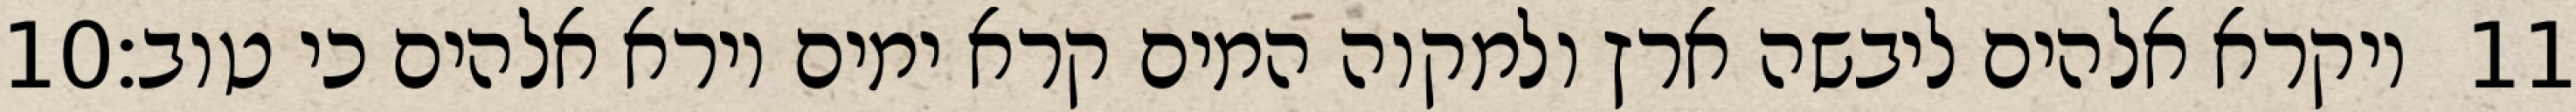
‎10‏ ויקרא אלהים ליבשה ארץ ולמקוה המים קרא ימים וירא אלהים כי טוב׃ ‎11‏